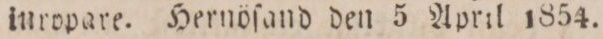
iuropare. Hernöſand den 5 April 1854.